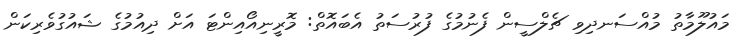
މައުލޫމާތު މުއްސަނދިވި ޗެލްސީން ފެނުމުގެ ފުރުސަތު އެބައޮތް: މޮރީނިއޯއިންޓަ އަށް ދިއުމުގެ ޝައުގުވެރިކަން